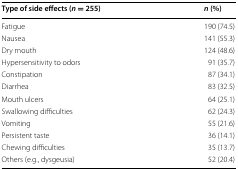
| Type of side effects (n = 255) | n (%) |
 | --- | --- |
 | Fatigue | 190 (74.5) |
 | Nausea | 141 (55.3) |
 | Dry mouth | 124 (48.6) |
 | Hypersensitivity to odors | 91 (35.7) |
 | Constipation | 87 (34.1) |
 | Diarrhea | 83 (32.5) |
 | Mouth ulcers | 64 (25.1) |
 | Swallowing difficulties | 62 (24.3) |
 | Vomiting | 55 (21.6) |
 | Persistent taste | 36 (14.1) |
 | Chewing difficulties | 35 (13.7) |
 | Others (e.g., dysgeusia) | 52 (20.4) |